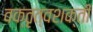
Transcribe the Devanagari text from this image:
वक्तृत्वशक्ती